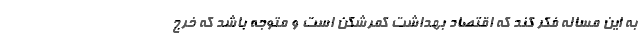
به این مساله فکر کند که اقتصاد بهداشت کمرشکن است و متوجه باشد که خرج